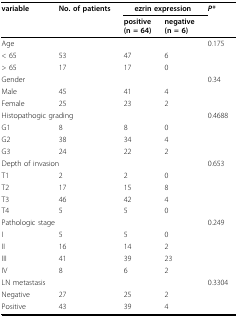
| variable | No. of patients | <COLSPAN=2> ezrin expression | P* |
 |  |  | positive(n = 64) | negative(n = 6) |  |
 | --- | --- | --- | --- | --- |
 | Age |  |  |  | 0.175 |
 | < 65 | 53 | 47 | 6 |  |
 | > 65 | 17 | 17 | 0 |  |
 | Gender |  |  |  | 0.34 |
 | Male | 45 | 41 | 4 |  |
 | Female | 25 | 23 | 2 |  |
 | <COLSPAN=2> Histopathogic grading |  |  | 0.4688 |
 | G1 | 8 | 8 | 0 |  |
 | G2 | 38 | 34 | 4 |  |
 | G3 | 24 | 22 | 2 |  |
 | <COLSPAN=2> Depth of invasion |  |  | 0.653 |
 | T1 | 2 | 2 | 0 |  |
 | T2 | 17 | 15 | 8 |  |
 | T3 | 46 | 42 | 4 |  |
 | T4 | 5 | 5 | 0 |  |
 | <COLSPAN=2> Pathologic stage |  |  | 0.249 |
 | I | 5 | 5 | 0 |  |
 | II | 16 | 14 | 2 |  |
 | III | 41 | 39 | 23 |  |
 | IV | 8 | 6 | 2 |  |
 | LN metastasis |  |  |  | 0.3304 |
 | Negative | 27 | 25 | 2 |  |
 | Positive | 43 | 39 | 4 |  |